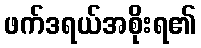
ဖက်ဒရယ်အစိုးရ၏